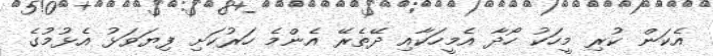
އެކަން ކުރި މީހަކު ހޯދާ އެމީހަކާއި ދޭތެރޭ އެންމެ ހަރުކަށި ފިޔަވަޅު އެޅުމުގެ